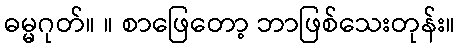
ဓမ္မဂုတ်။ ။ စာဖြေတော့ ဘာဖြစ်သေးတုန်း။